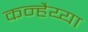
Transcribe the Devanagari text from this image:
कन्हैय्या